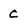
Character: C